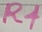
Text: R4